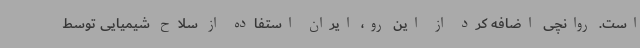
است. روانچی اضافه کرد از این رو، ایران استفاده از سلاح شیمیایی توسط